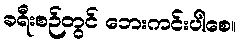
ခရီးစဉ်တွင် ဘေးကင်းပါစေ။